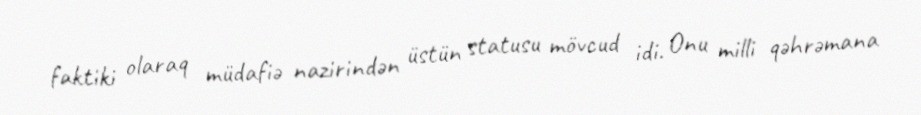
faktiki olaraq müdafiə nazirindən üstün statusu mövcud idi. Onu milli qəhrəmana